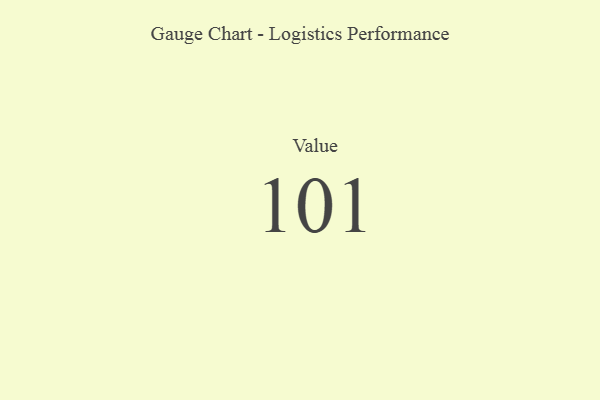
{"axis": {"x": "Metric", "y": "Value"}, "legend": [""], "data": [{"x": "Value", "y": 101, "type": ""}]}